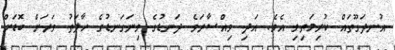
އުނދަގޫތައް ކުރިމަތިވި އެވެ. އަދި ވިއްސާރަވެ ދަނޑުގެ ވިނަގަނޑުގެ ހާލަތު ވަރަށް ބޮޑަށް